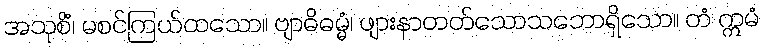
အသုစိံ၊ မစင်ကြယ်ထသော။ ဗျာဓိဓမ္မံ၊ ဖျားနာတတ်သောသဘောရှိသော။ တံ ဣမံ